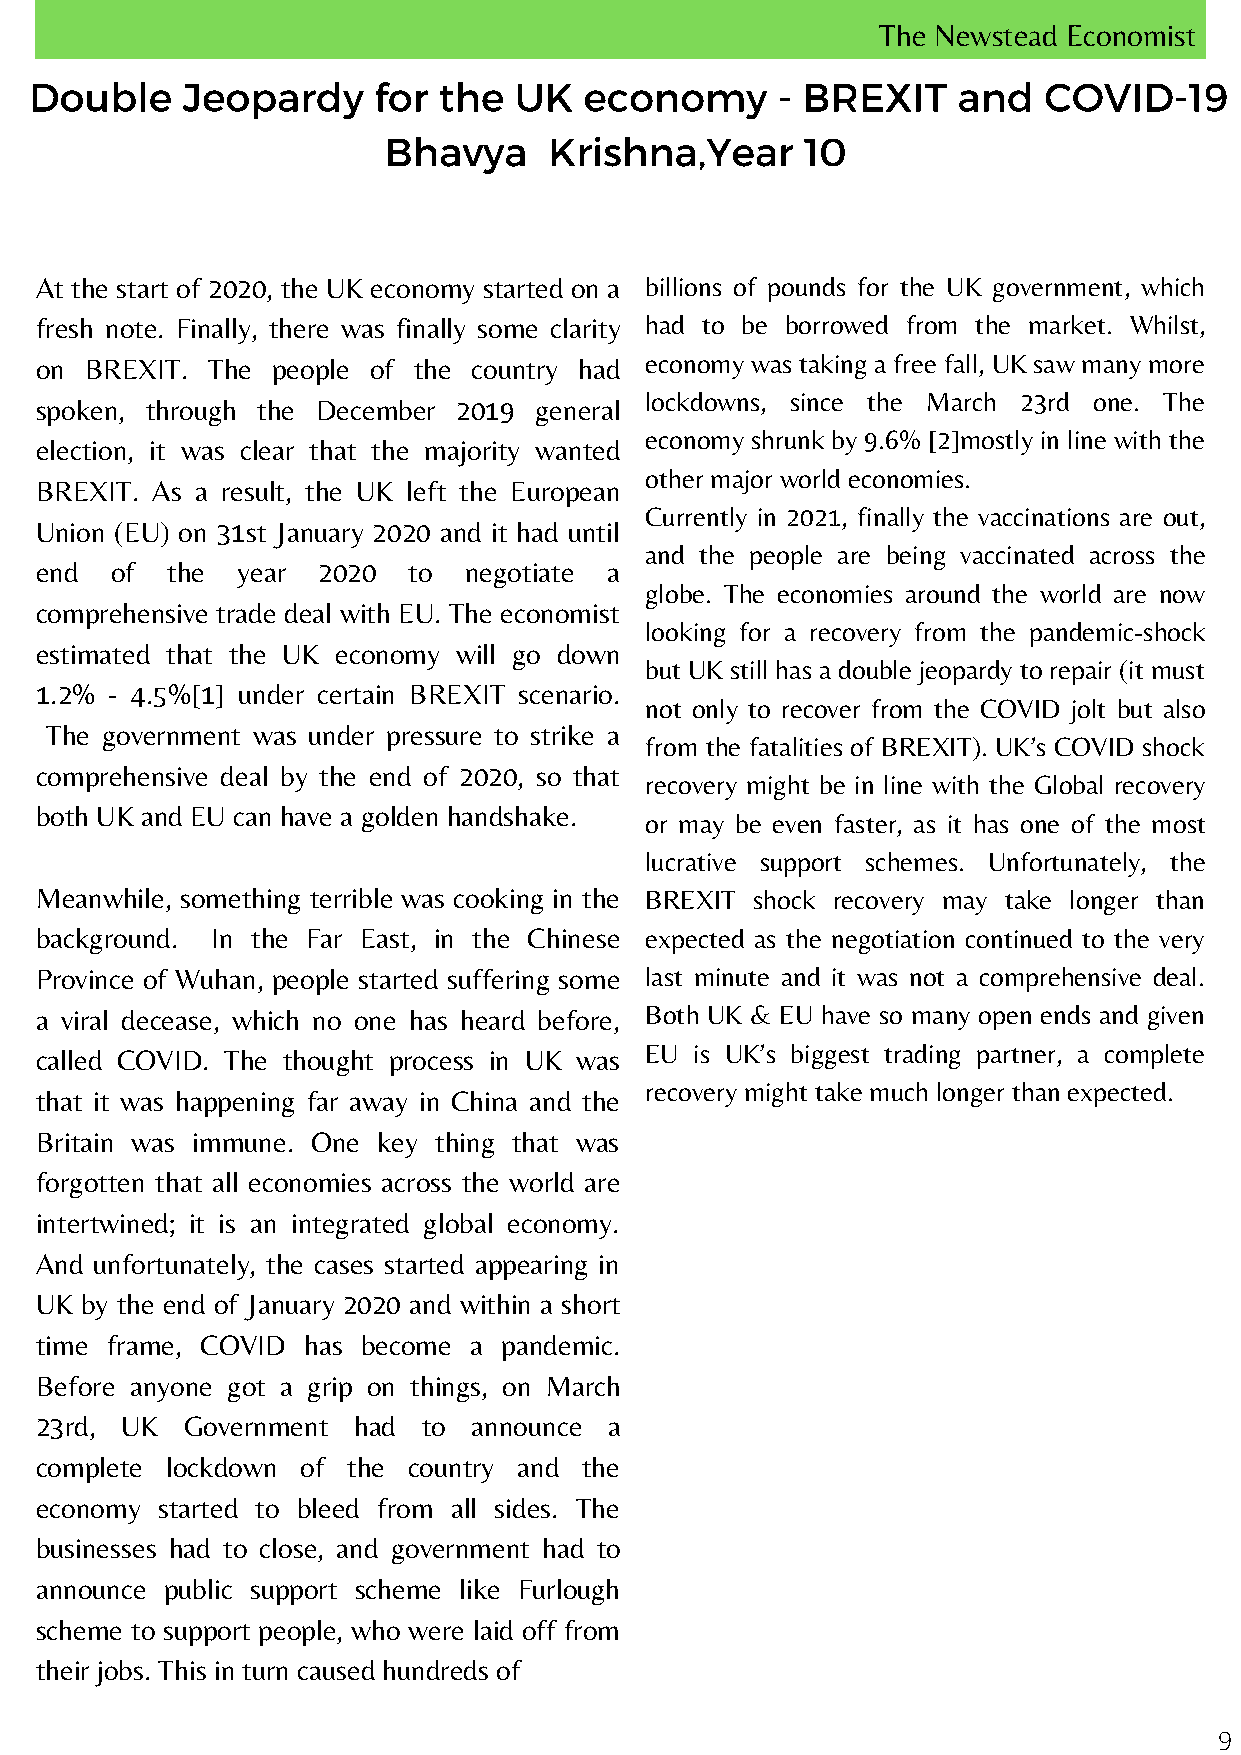
The Newstead Economist
 Double    Jeopardy     for the  UK   economy     - BREXIT    and   COVID-19
 Bhavya     Krishna,Year     10
 At the start of 2020, the UK economy started on a billions of pounds for the UK government, which
 fresh note. Finally, there was finally some clarity had to be borrowed from the market. Whilst,
 on  BREXIT. The people of the country had economy was taking a free fall, UK saw many more
 lockdowns, since the March 23rd one. The
 spoken, through the December 2019 general
 economy shrunk by 9.6% [2]mostly in line with the
 election, it was clear that the majority wanted
 other major world economies.
 BREXIT. As a result, the UK left the European
 Currently in 2021, finally the vaccinations are out,
 Union (EU) on 31st January 2020 and it had until
 and the people are being vaccinated across the
 end  of  the  year 2020  to  negotiate a
 globe. The economies around the world are now
 comprehensive trade deal with EU. The economist
 looking for a recovery from the pandemic-shock
 estimated that the UK economy will go down
 but UK still has a double jeopardy to repair (it must
 1.2% - 4.5%[1] under certain BREXIT scenario.
 not only to recover from the COVID jolt but also
 The government was under pressure to strike a
 from the fatalities of BREXIT). UK’s COVID shock
 comprehensive deal by the end of 2020, so that
 recovery might be in line with the Global recovery
 both UK and EU can have a golden handshake.
 or may be even faster, as it has one of the most
 lucrative support schemes. Unfortunately, the
 Meanwhile, something terrible was cooking in the BREXIT shock recovery may take longer than
 background. In the Far East, in the Chinese expected as the negotiation continued to the very
 Province of Wuhan, people started suffering some last minute and it was not a comprehensive deal.
 a viral decease, which no one has heard before, Both UK & EU have so many open ends and given
 EU is UK’s biggest trading partner, a complete
 called COVID. The thought process in UK was
 recovery might take much longer than expected.
 that it was happening far away in China and the
 Britain was immune. One key thing that was
 forgotten that all economies across the world are
 intertwined; it is an integrated global economy.
 And unfortunately, the cases started appearing in
 UK by the end of January 2020 and within a short
 time frame, COVID has become a pandemic.
 Before anyone got a grip on things, on March
 23rd, UK  Government had  to announce a
 complete lockdown of the country and the
 economy started to bleed from all sides. The
 businesses had to close, and government had to
 announce public support scheme like Furlough
 scheme to support people, who were laid off from
 their jobs. This in turn caused hundreds of
 9